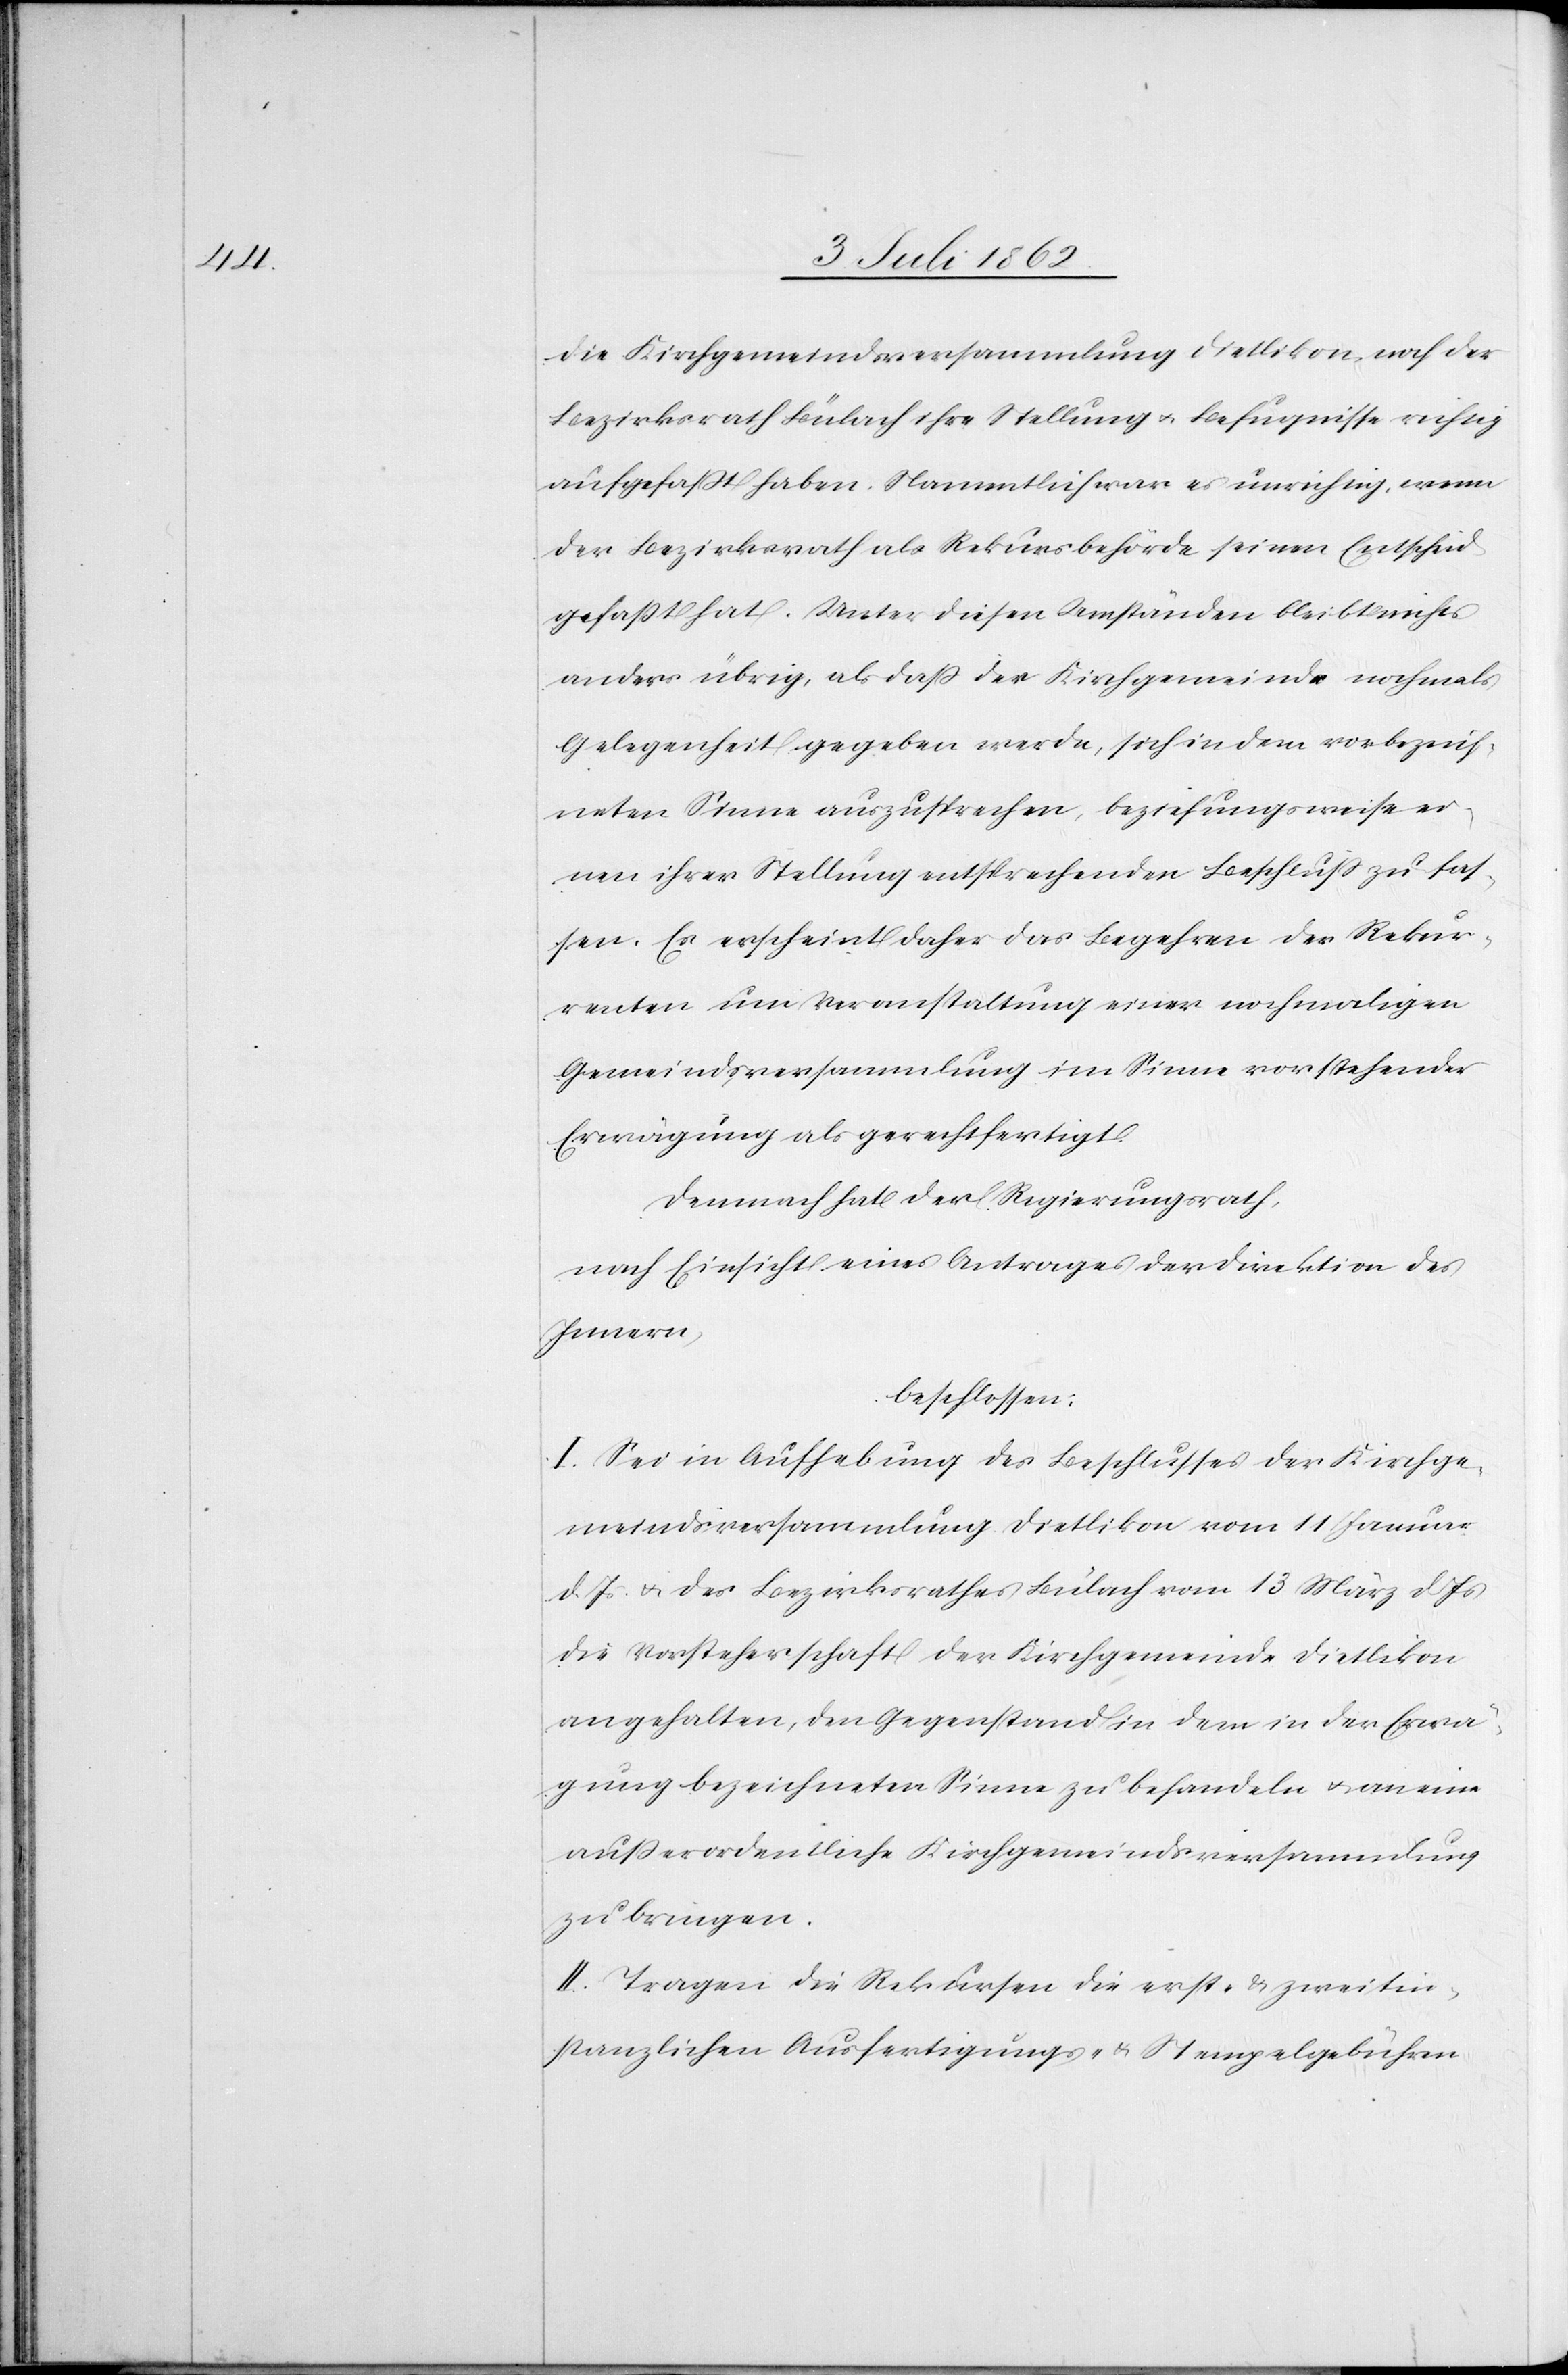
die Kirchgemeindsversammlung Dietlikon noch der
Bezirksrath Bülach ihre Stellung u. Befugnisse richtig
aufgefaßt haben. Namentlich war es unrichtig, wenn
der Bezirksrath als Rekursbehörde seinen Entscheid
gefaßt hat. Unter diesen Umständen bleibt nichts
anders übrig, als daß der Kirchgemeinde nochmals
Gelegenheit gegeben werde, sich in dem vorbezeich¬
neten Sinne auszusprechen, beziehungsweise ei¬
nen ihrer Stellung entsprechenden Beschluß zu fas¬
sen. Es erscheint daher das Begehren der Rekur¬
renten um Veranstaltung einer nochmaligen
Gemeindsversammlung im Sinne vorstehender
Erwägung als gerechtfertigt.
Demnach hat der Regierungsrath,
nach Einsicht eines Antrages der Direktion des
Innern,
beschlossen:
I. Sei in Aufhebung des Beschlusses der Kirchge¬
meindsversammlung Dietlikon vom 11 Januar
d. Js. u. des Bezirksrathes Bülach vom 13 März d. Js.
die Vorsteherschaft der Kirchgemeinde Dietikon
angehalten, den Gegenstand in dem in der Erwä¬
gung bezeichneten Sinne zu behandeln u. an eine
außerordentliche Kirchgemeindsversammlung
zu bringen.
II. Tragen die Rekursen die erst- u. zweitin¬
stanzlichen Ausfertigungs- u. Stempelgebühren